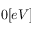
0 [ e V ]